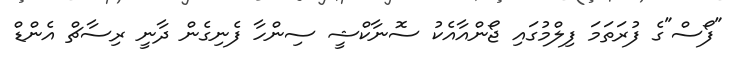
"ފޯސް"ގެ ފުރަތަމަ ފިލްމުގައި ޖޯންއާއެކު ސޮނާކްޝީ ސިންހާ ފެނިގެން ދާނީ ރިސާޗް އެންޑް